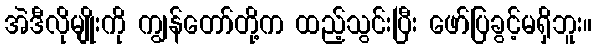
အဲဒီလိုမျိုးကို ကျွန်တော်တို့က ထည့်သွင်းပြီး ဖော်ပြခွင့်မရှိဘူး။